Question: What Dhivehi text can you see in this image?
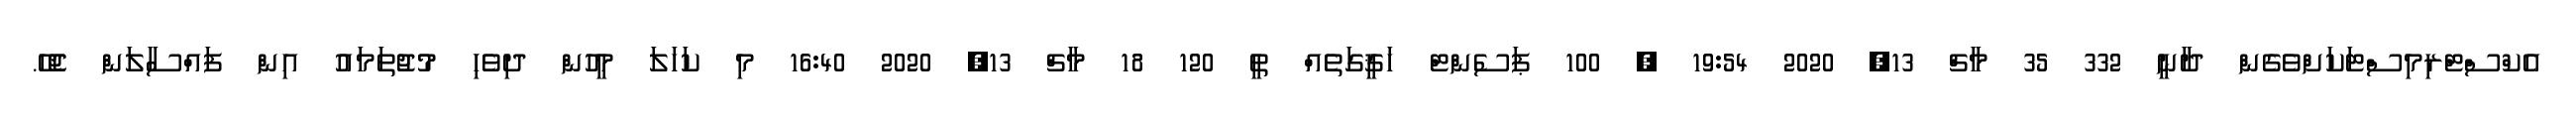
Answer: އެކްސްޓްރިމިސްޓަކަށްވެގެން ދާނީ 332 35 މާޗް 13, 2020 19:54 ? 100 ޕަސެންޓް ހަޤީގަތެއް ތީ 120 18 މާޗް 13, 2020 16:40 މި ކަހަލަ މީހުން ދިވެހި މުޖުތަމައު އިން ފައްސާލަން ޖެހޭ.